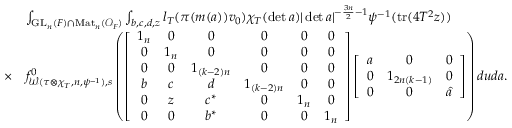
\begin{array} { r l } & { \int _ { \mathrm { G L } _ { n } ( F ) \cap \mathrm { M a t } _ { n } ( \mathcal { O } _ { F } ) } \int _ { b , c , d , z } l _ { T } ( \pi ( m ( a ) ) v _ { 0 } ) \chi _ { T } ( \operatorname* { d e t } a ) | \operatorname* { d e t } a | ^ { - \frac { 3 n } { 2 } - 1 } \psi ^ { - 1 } ( \mathrm { t r } ( 4 T ^ { 2 } z ) ) } \\ { \times } & { f _ { \mathcal { W } ( \tau \otimes \chi _ { T } , n , \psi ^ { - 1 } ) , s } ^ { 0 } \left( \left[ \begin{array} { c c c c c c } { 1 _ { n } } & { 0 } & { 0 } & { 0 } & { 0 } & { 0 } \\ { 0 } & { 1 _ { n } } & { 0 } & { 0 } & { 0 } & { 0 } \\ { 0 } & { 0 } & { 1 _ { ( k - 2 ) n } } & { 0 } & { 0 } & { 0 } \\ { b } & { c } & { d } & { 1 _ { ( k - 2 ) n } } & { 0 } & { 0 } \\ { 0 } & { z } & { c ^ { \ast } } & { 0 } & { 1 _ { n } } & { 0 } \\ { 0 } & { 0 } & { b ^ { \ast } } & { 0 } & { 0 } & { 1 _ { n } } \end{array} \right] \left[ \begin{array} { c c c } { a } & { 0 } & { 0 } \\ { 0 } & { 1 _ { 2 n ( k - 1 ) } } & { 0 } \\ { 0 } & { 0 } & { \hat { a } } \end{array} \right] \right) d u d a . } \end{array}